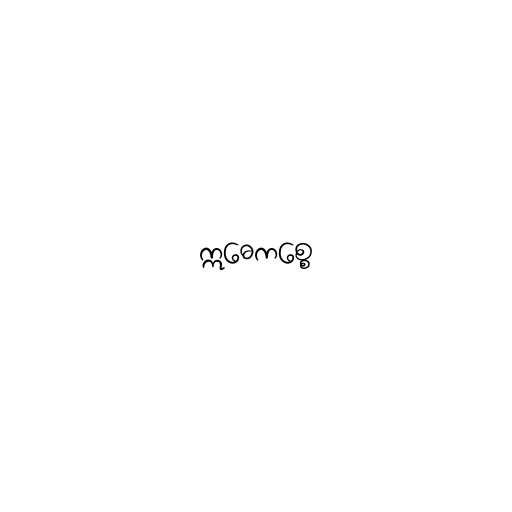
ဣဓေကစ္စေ